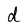
Character: d